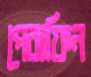
পেরাফিন